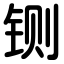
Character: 铡